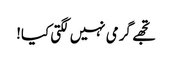
تجھے گرمی نہیں لگتی کیا!